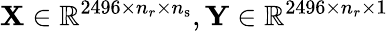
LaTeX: \mathbf{X}\in\mathbb{R}^{2496\times n_{r}\times n_{\mathrm{s}}},\mathbf{Y}\in\mathbb{R}^{2496\times n_{r}\times 1}